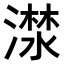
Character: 𣾕